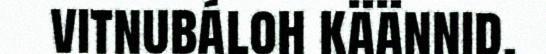
vitnubáloh käännid,